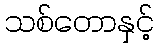
သစ်တောနှင့်